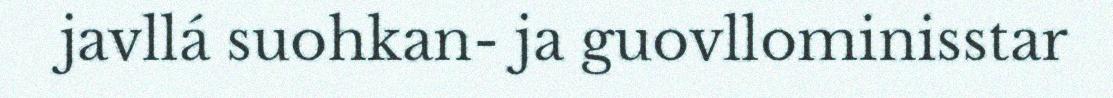
javllá suohkan- ja guovllominisstar